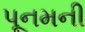
પૂનમની